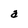
Character: a